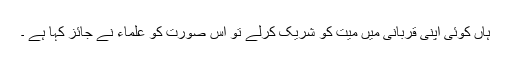
ہاں کوئی اپنی قربانی میں میت کو شریک کرلے تو اس صورت کو علماء نے جائز کہا ہے ۔